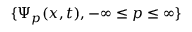
\{ \Psi _ { p } ( x , t ) , - \infty \leq p \leq \infty \}